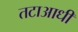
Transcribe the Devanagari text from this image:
तटाआधी